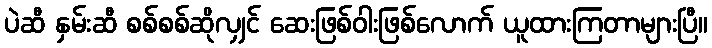
ပဲဆီ နှမ်းဆီ စစ်စစ်ဆိုလျှင် ဆေးဖြစ်ဝါးဖြစ်လောက် ယူထားကြတာများပြီ။